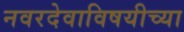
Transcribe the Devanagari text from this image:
नवरदेवाविषयीच्या